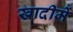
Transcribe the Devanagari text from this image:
खादीमें